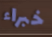
خبراء